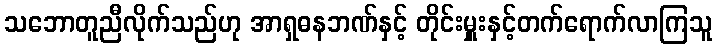
သဘောတူညီလိုက်သည်ဟု အာရှဓနဘဏ်နှင့် တိုင်းမှူးနှင့်တက်ရောက်လာကြသူ